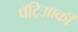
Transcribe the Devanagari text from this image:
पॅट्रिआर्की